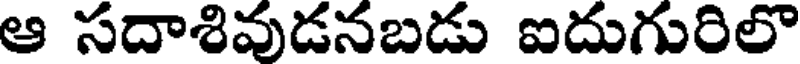
ఆ సదాశివుడనబడు ఐదుగురిలొ